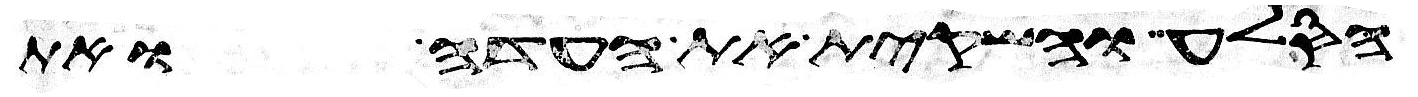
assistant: הסלע והשקית את העדה ואת